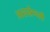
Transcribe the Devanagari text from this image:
अस्सेम्ब्ली